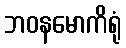
ဘဝနမောကိရုံ